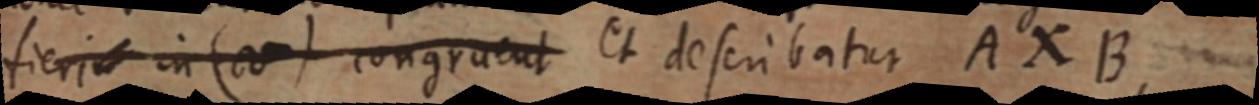
fieri in (V) congruent Et describatur AXB,